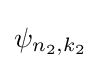
\psi _{n_{2},k_{2}}